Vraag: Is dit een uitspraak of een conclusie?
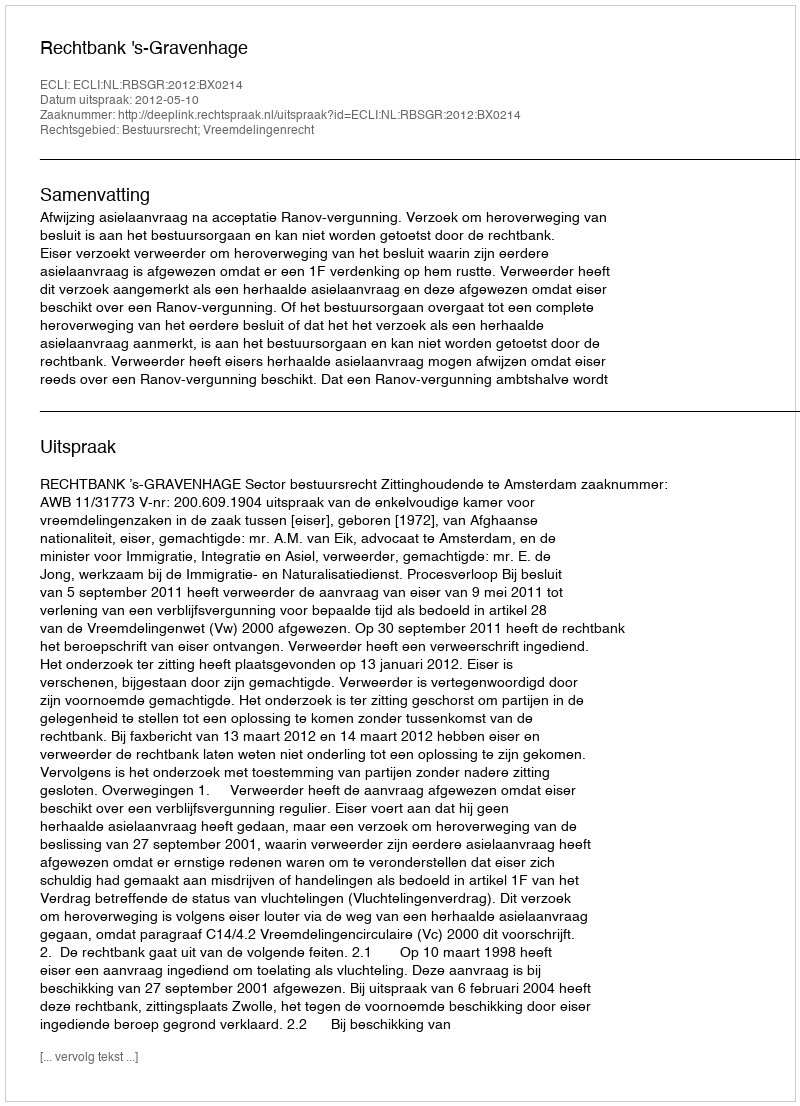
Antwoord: Uitspraak